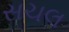
સચલ